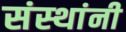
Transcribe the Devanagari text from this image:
संस्‍थांनी